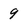
Character: 9